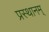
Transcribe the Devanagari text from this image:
प्रस्थानम्